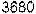
3680